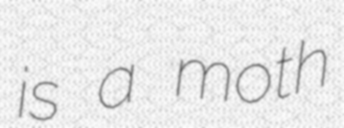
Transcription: is a moth